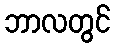
ဘာလတွင်